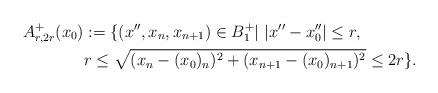
LaTeX: \begin{align*}A^+_{r,2r}(x_0)&:=\{(x'',x_n,x_{n+1})\in B_1^+| \ |x''-x''_0|\leq r,\\&r\leq \sqrt{(x_n-(x_0)_n)^2+(x_{n+1}-(x_0)_{n+1})^2}\leq 2r\}.\end{align*}